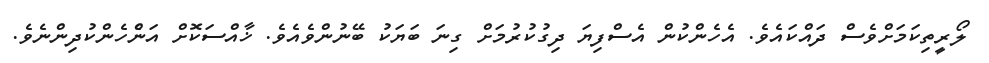
ލޯރީތިކަމަށްވެސް ދައްކައެވެ. އެހެންކުން އެސްފިޔަ ދިގުކުރުމަށް ގިނަ ބަޔަކު ބޭނުންވެއެވެ. ޚާއްސަކޮށް އަންެހެންކުދިންނެވެ.